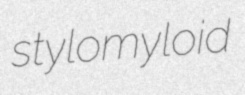
stylomyloid